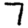
Digit: 7